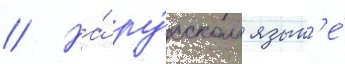
// На́ ру́сском язык'е́